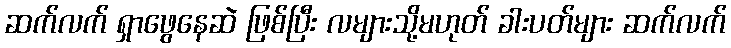
ဆက်လက် ရှာဖွေနေဆဲ ဖြစ်ပြီး လများသို့မဟုတ် ခါးပတ်များ ဆက်လက်